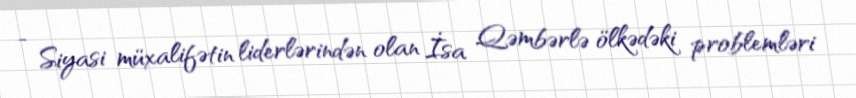
- Siyasi müxalifətin liderlərindən olan İsa Qəmbərlə ölkədəki problemləri